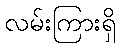
လမ်းကြားရှိ